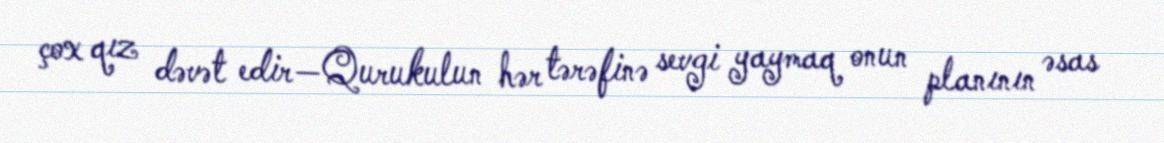
çox qız dəvət edir—Qurukulun hər tərəfinə sevgi yaymaq onun planının əsas